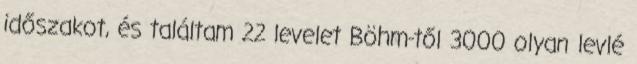
időszakot, és találtam 22 levelet Böhm-től 3000 olyan levlé